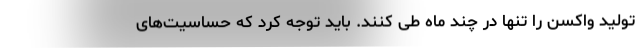
تولید واکسن را تنها در چند ماه طی کنند. باید توجه کرد که حساسیت‌های